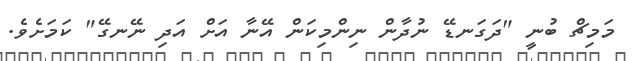
މަމިޗް ބުނީ "ދަގަނޑޭ ނުދާން ނިންމިކަން އޭނާ އަށް އަދި ނޭނގޭ" ކަމަށެވެ.